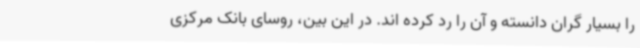
را بسیار گران دانسته و آن را رد کرده اند. در این بین، روسای بانک مرکزی